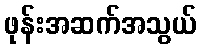
ဖုန်းအဆက်အသွယ်